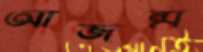
আজন্ম